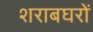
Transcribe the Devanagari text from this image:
शराबघरों